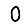
Digit: 0